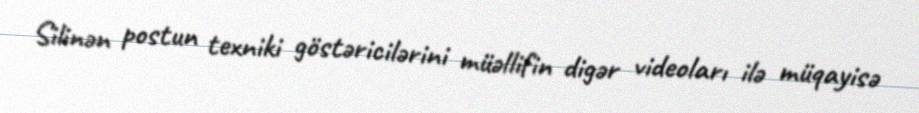
Silinən postun texniki göstəricilərini müəllifin digər videoları ilə müqayisə